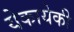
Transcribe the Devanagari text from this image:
येकायेकी